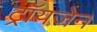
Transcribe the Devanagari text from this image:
ट्रॉयजेन